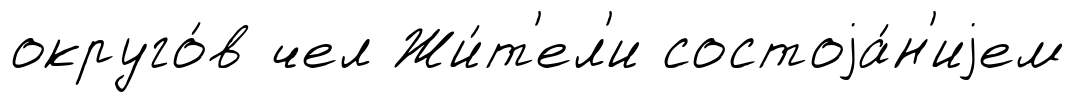
округо́в чел Жи́т'ел'и состоjа́н'иjем